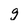
Character: g